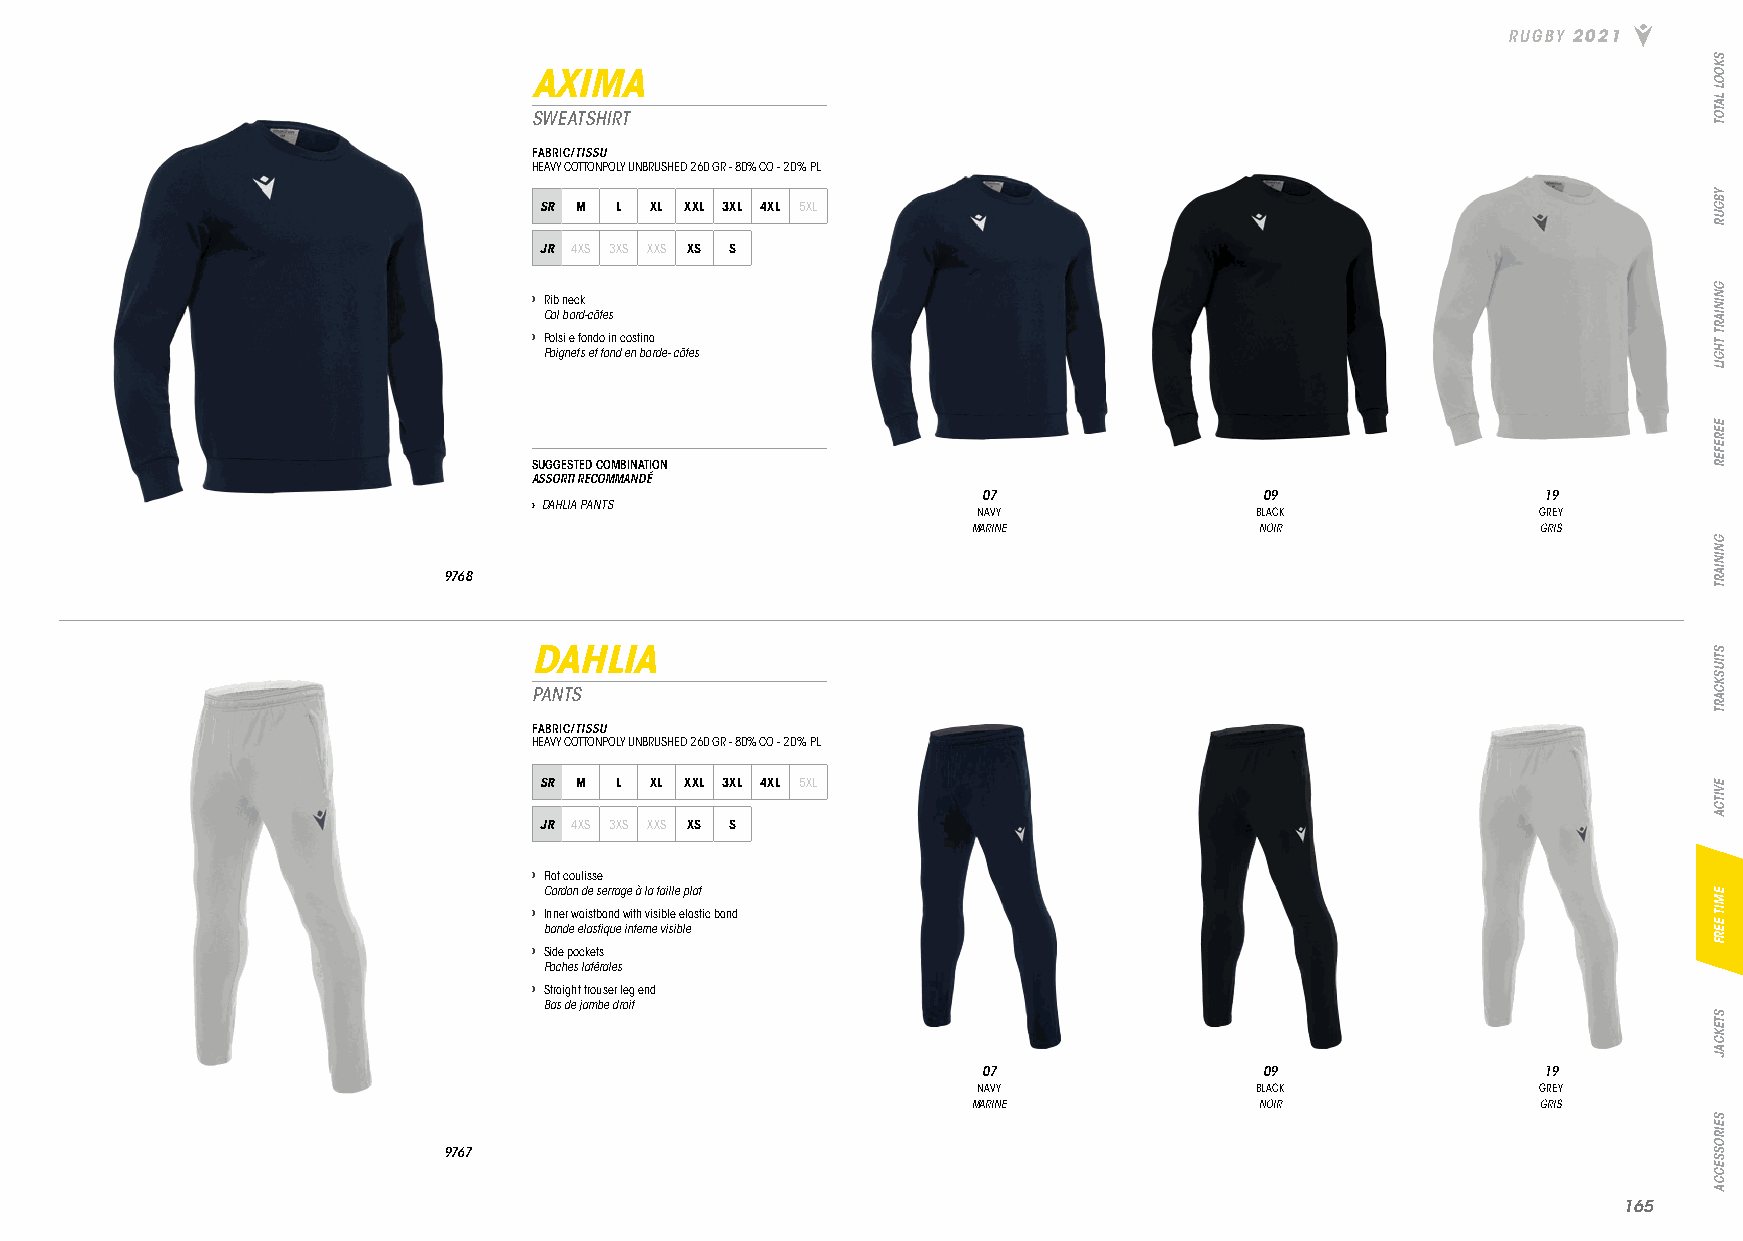
RUGBY 2021
 AXIMA
 SWEATSHIRT
 FABRIC/TISSU
 HEAVY COTTONPOLY UNBRUSHED 260 GR - 80% CO - 20% PL
 SR M L XL XXL 3XL 4XL 5XL
 JR 4XS 3XS XXS XS S
 › Rib neck
 Col bord-côtes
 › Polsi e fondo in costina
 Poignets et fond en borde- côtes
 SUGGESTED COMBINATION
 ASSORTI RECOMMANDÉ
 07                 09                19
 › DAHLIA PANTS
 NAVY              BLACK              GREY
 MARINE             NOIR               GRIS
 9768
 DAHLIA
 PANTS
 FABRIC/TISSU
 HEAVY COTTONPOLY UNBRUSHED 260 GR - 80% CO - 20% PL
 SR M L XL XXL 3XL 4XL 5XL
 JR 4XS 3XS XXS XS S
 › Flat coulisse
 Cordon de serrage à la taille plat
 › Inner waistband with visible elastic band
 bande elastique interne visible
 › Side pockets
 Poches latérales
 › Straight trouser leg end
 Bas de jambe droit
 07                 09                19
 NAVY              BLACK              GREY
 MARINE             NOIR               GRIS
 9767
 116655
 SKOOL
 LATOT
 YBGUR
 GNINIART
 THGIL
 EEREFER
 GNINIART
 STIUSKCART
 EVITCA
 EMIT
 EERF
 STEKCAJ
 SEIROSSECCA